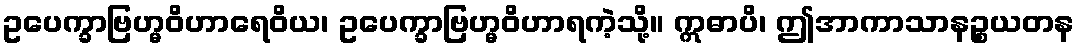
ဥပေက္ခာဗြဟ္မဝိဟာရေဝိယ၊ ဥပေက္ခာဗြဟ္မဝိဟာရကဲ့သို့။ ဣဓာပိ၊ ဤအာကာသာနဉ္စယတန